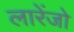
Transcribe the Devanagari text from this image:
लारेंजो